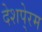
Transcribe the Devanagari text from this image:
देशपे्रम